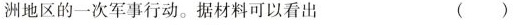
洲地区的一次军事行动。据材料可以看出 ( )